Vaccination in Bombay 1924-1928 - 1924-1928
Year: 1924
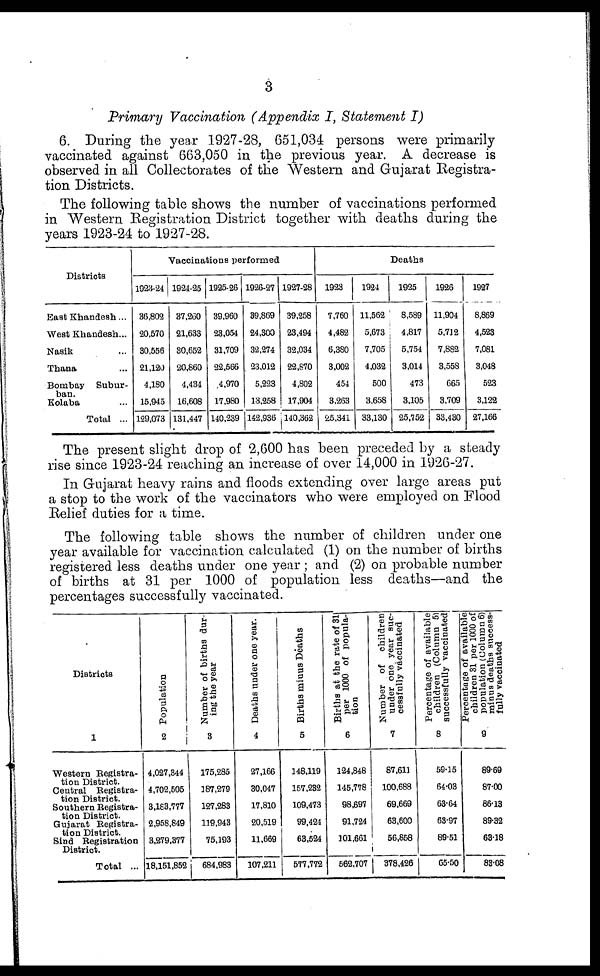
3
Primary Vaccination (Appendix I, Statement I)
6. During the year 1927-28, 651,034 persons were primarily
vaccinated against 663,050 in the previous year. A decrease is
observed in all Collectorates of the Western and Gujarat Registra-
tion Districts.
The following table shows the number of vaccinations performed
in Western Registration District together with deaths during the
years 1923-24 to 1927-28.
Districts
East Khandesh ...
West Khandesh...
Nasik ...
Thana ...
Bombay Subur-
ban.
Kolaba ...
Total ...
Vaccinations performed
1923-24
36,802
20,570
30,556
21,120
4,180
15,945
129,073
1924-25
37,260
21,633
30,652
20,860
4,434
16,608
131,447
1925-26
39,960
23,054
31,709
22,566
4,970
17,980
140,239
1926-27
39,869
24,300
32,274
23,012
5,223
13,258
142,936
1927-28
39,258
23,494
32,034
22,870
4,802
17,904
140,362
Deaths
1923
7,760
4,482
6,380
3,002
454
3,263
25,341
1924
11,562
5,673
7,705
4,032
500
3,658
33,130
1925
8,589
4,817
5,754
3,014
473
3,105
25,752
1926
11,904
5,712
7,882
3,558
665
3,709
33,430
1927
8,869
4,523
7,081
3,048
523
3,122
27,166
The present slight drop of 2,600 has been preceded by a steady
rise since 1923-24 reaching an increase of over 14,000 in 1926-27.
In Gujarat heavy rains and floods extending over large areas put
a stop to the work of the vaccinators who were employed on Flood
Relief duties for a time.
The following table shows the number of children under one
year available for vaccination calculated (1) on the number of births
registered less deaths under one year ; and (2) on probable number
of births at 31 per 1000 of population less deaths—and the
percentages successfully vaccinated.
Districts
1
Western Registra-
tion District.
Central Registra-
tion District.
Southern Registra-
tion District.
Gujarat Registra-
tion District.
Sind Registration
District.
Total ...
Population
2
4,027,344
4,702,505
3,183,777
2,958,849
3,279,377
18,151,852
Number of births dur-
ing the year
3
175,285
187,279
127,283
119,943
75,193
684,983
Deaths under one year.
4
27,166
30,047
17,810
20,519
11,669
107,211
Births minus Deaths
5
148,119
157,232
109,473
99,424
63,524
577,772
Births at the rate of 31
per 1000 of popula-
tion
6
124,848
145,778
98,697
91,724
101,661
562,707
Number of children
under one year suc-
cessfully vaccinated
7
87,611
100,688
69,669
63,600
56,858
378,426
Percentage of available
children (Column 5)
successfully vaccinated
8
59.15
64.03
63.64
63.97
89.51
65.50
Percentage of available
children 31 per 1000 of
population (Column 6)
minus deaths success-
fully vaccinated
9
89.69
87.00
86.13
89.32
63.18
83.08